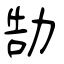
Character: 勂